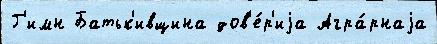
Г'имн Батьк'ивщина дов'е́р'иjа Агра́рнаjа